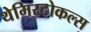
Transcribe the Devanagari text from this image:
थेमिस्टोकल्स